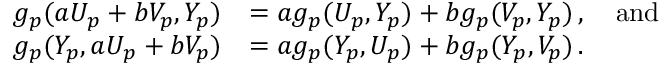
{ \begin{array} { r l } { g _ { p } ( a U _ { p } + b V _ { p } , Y _ { p } ) } & { = a g _ { p } ( U _ { p } , Y _ { p } ) + b g _ { p } ( V _ { p } , Y _ { p } ) \, , \quad { \mathrm { a n d } } } \\ { g _ { p } ( Y _ { p } , a U _ { p } + b V _ { p } ) } & { = a g _ { p } ( Y _ { p } , U _ { p } ) + b g _ { p } ( Y _ { p } , V _ { p } ) \, . } \end{array} }